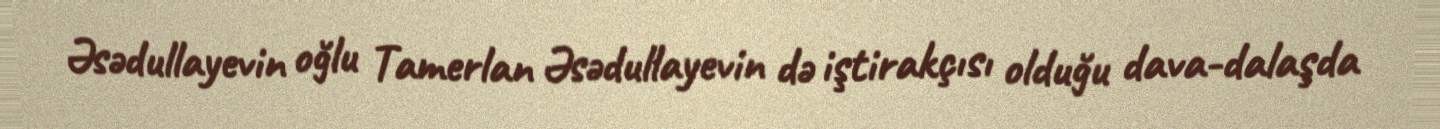
Əsədullayevin oğlu Tamerlan Əsədullayevin də iştirakçısı olduğu dava-dalaşda